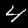
Label: 4